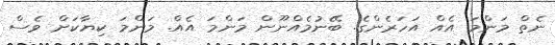
ނެތް މަންމަ އެއް އަހަރެންގެ. ބޭނުމެއްނޫން މަންމަ އެއް. މަންމަ ކިޔާކަށް ވެސް